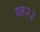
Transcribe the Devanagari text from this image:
यह२३